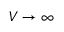
{ \cal { V } } \rightarrow \infty